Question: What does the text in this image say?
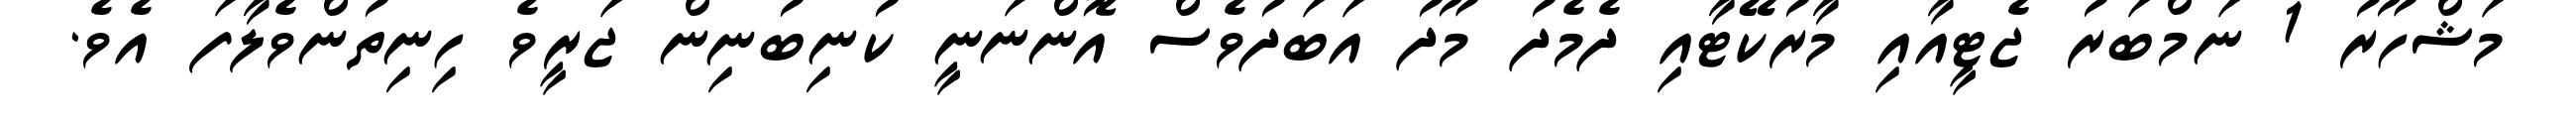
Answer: މަޝްހޫރު 1 ނަމްބަރު ޖެޓީއާއި މާރުކޭޓާއި ދެމެދު މޫދު އަބަދުވެސް އޮންނަނީ ކުނިބުނިން ޖަރީވެ ހިނިތުންވެލާފަ އެވެ.